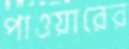
পাওয়ারের